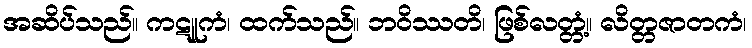
အဆိပ်သည်။ ကဋူကံ၊ ထက်သည်။ ဘဝိဿတိ၊ ဖြစ်လတ္တံ့။ လိတ္တဇာတကံ၊